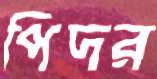
পিদর